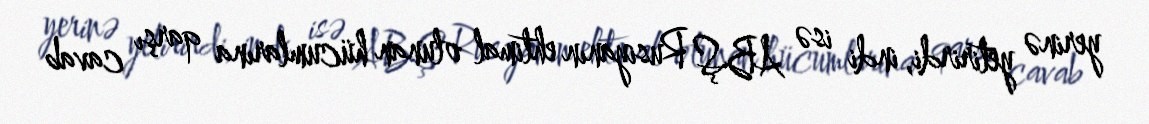
yerinə yetirirdi, indi isə ABŞ Rusiyanın ehtimal olunan hücumlarına qarşı cavab